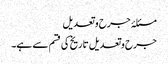
مسئلۂ جرح و تعدیل
جرح وتعدیل تاریخ کی قسم سے ہے۔